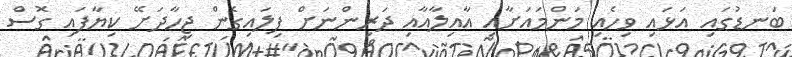
ބަނޑުގައި އަޅައި ވިހެއި މަންމައަށާއި އާއިލާއާއި ދަރިންނަށް ފިލައިގެން ޖިހާދަށޭ ކިޔާފައި ގޮސް